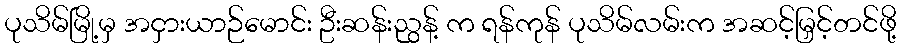
ပုသိမ်မြို့မှ အငှားယာဉ်မောင်း ဦးဆန်းညွန့် က ရန်ကုန် ပုသိမ်လမ်းက အဆင့်မြှင့်တင်ဖို့